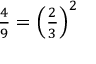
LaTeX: \textstyle { \frac { 4 } { 9 } } = \left( { \frac { 2 } { 3 } } \right) ^ { 2 }